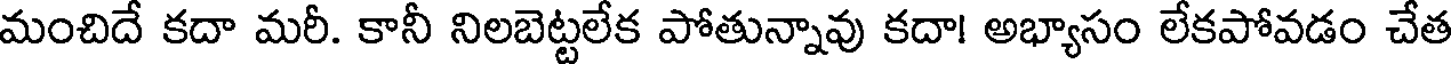
మంచిదే కదా మరీ. కానీ నిలబెట్టలేక పోతున్నావు కదా! అభ్యాసం లేకపోవడం చేత